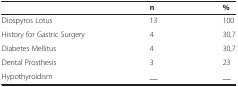
|  | n | % |
 | --- | --- | --- |
 | Diospyros Lotus | 13 | 100 |
 | History for Gastric Surgery | 4 | 30,7 |
 | Diabetes Mellitus | 4 | 30,7 |
 | Dental Prosthesis | 3 | 23 |
 | Hypothyroidism | __ | __ |